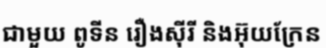
ជាមួយ ពូទីន រឿងស៊ីរី និងអ៊ុយក្រែន